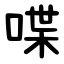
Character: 喋